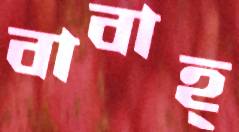
বাবাহ্